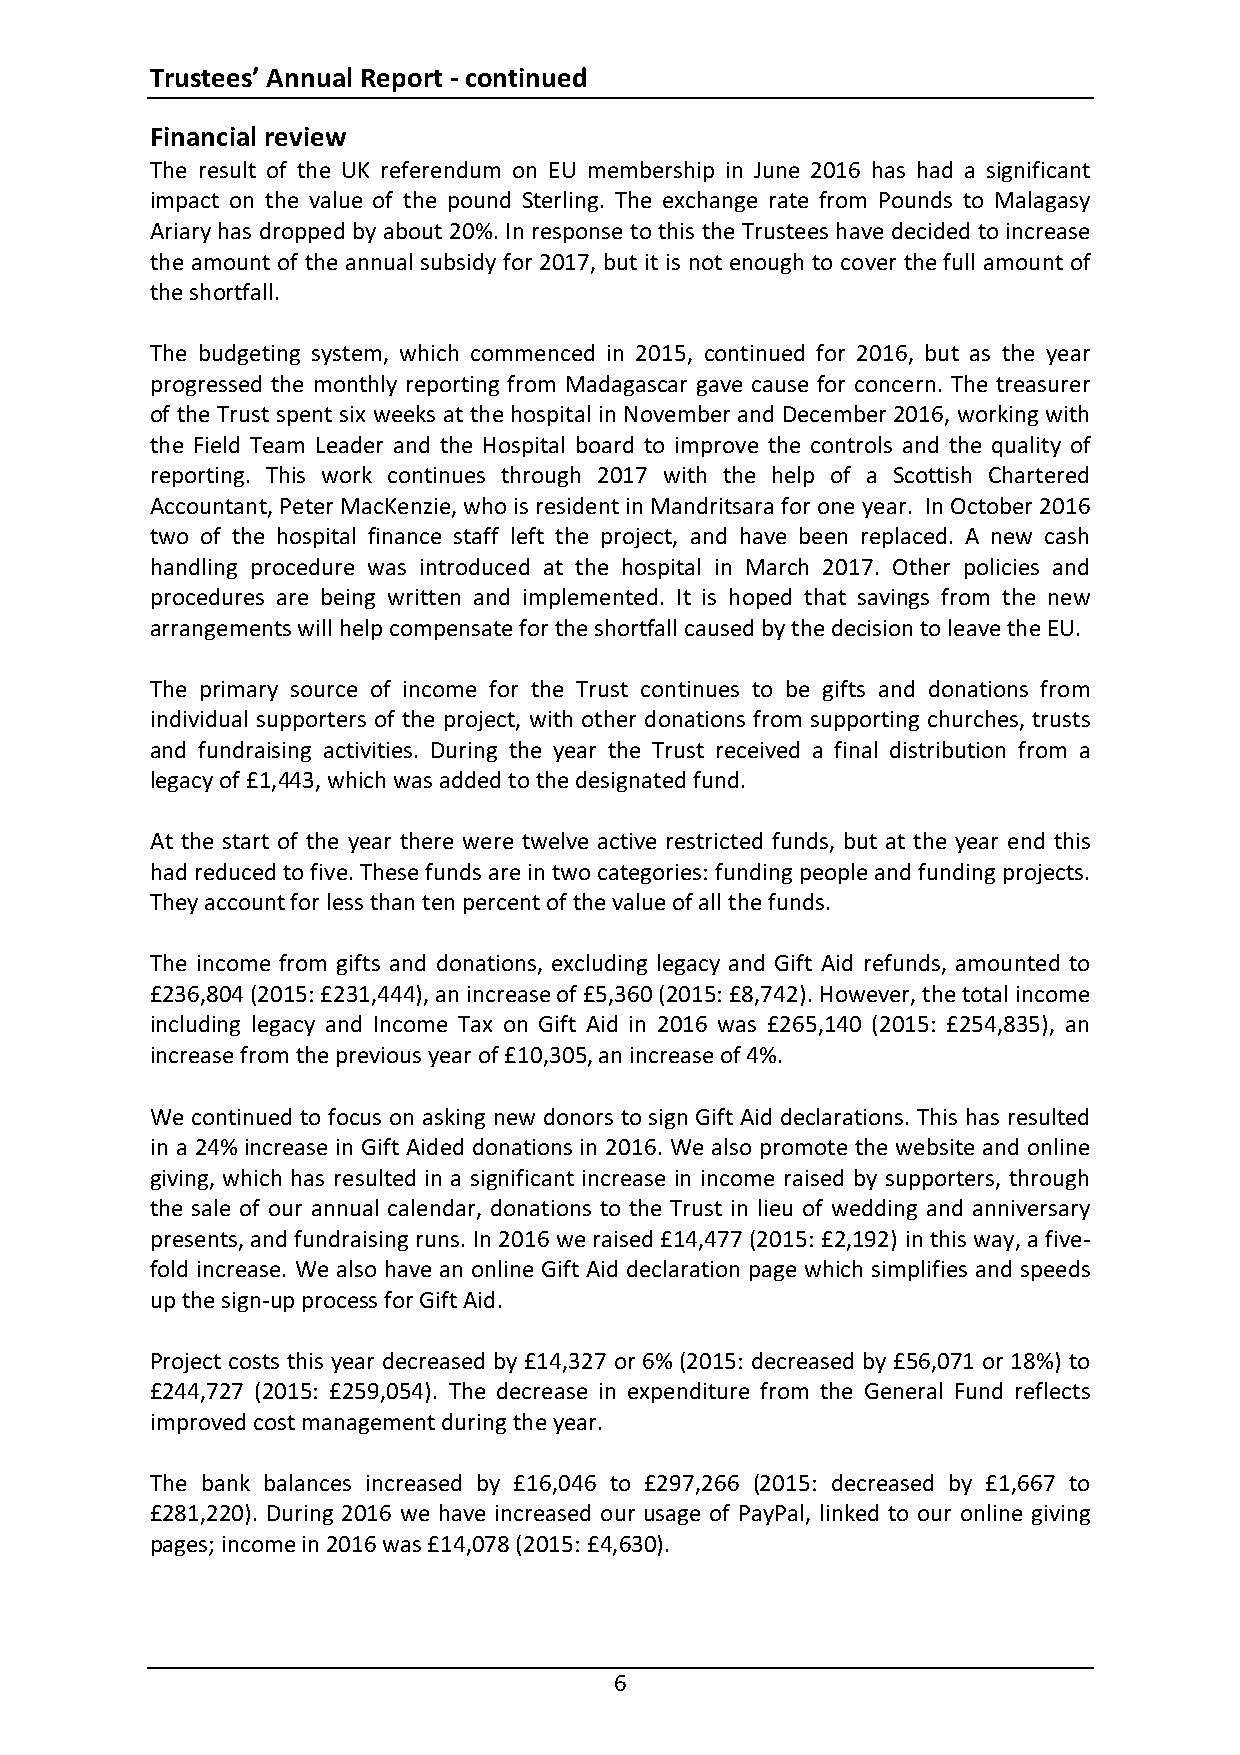
Trustees’ Annual Report - continued
 Financial review
 The result of the UK referendum on EU membership in June 2016 has had a significant
 impact on the value of the pound Sterling. The exchange rate from Pounds to Malagasy
 Ariary has dropped by about 20%. In response to this the Trustees have decided to increase
 the amount of the annual subsidy for 2017, but it is not enough to cover the full amount of
 the shortfall.
 The budgeting system, which commenced in 2015, continued for 2016, but as the year
 progressed the monthly reporting from Madagascar gave cause for concern. The treasurer
 of the Trust spent six weeks at the hospital in November and December 2016, working with
 the Field Team Leader and the Hospital board to improve the controls and the quality of
 reporting. This work continues through 2017 with the help of a Scottish Chartered
 Accountant, Peter MacKenzie, who is resident in Mandritsara for one year. In October 2016
 two of the hospital finance staff left the project, and have been replaced. A new cash
 handling procedure was introduced at the hospital in March 2017. Other policies and
 procedures are being written and implemented. It is hoped that savings from the new
 arrangements will help compensate for the shortfall caused by the decision to leave the EU.
 The primary source of income for the Trust continues to be gifts and donations from
 individual supporters of the project, with other donations from supporting churches, trusts
 and fundraising activities. During the year the Trust received a final distribution from a
 legacy of £1,443, which was added to the designated fund.
 At the start of the year there were twelve active restricted funds, but at the year end this
 had reduced to five. These funds are in two categories: funding people and funding projects.
 They account for less than ten percent of the value of all the funds.
 The income from gifts and donations, excluding legacy and Gift Aid refunds, amounted to
 £236,804 (2015: £231,444), an increase of £5,360 (2015: £8,742). However, the total income
 including legacy and Income Tax on Gift Aid in 2016 was £265,140 (2015: £254,835), an
 increase from the previous year of £10,305, an increase of 4%.
 We continued to focus on asking new donors to sign Gift Aid declarations. This has resulted
 in a 24% increase in Gift Aided donations in 2016. We also promote the website and online
 giving, which has resulted in a significant increase in income raised by supporters, through
 the sale of our annual calendar, donations to the Trust in lieu of wedding and anniversary
 presents, and fundraising runs. In 2016 we raised £14,477 (2015: £2,192) in this way, a five-
 fold increase. We also have an online Gift Aid declaration page which simplifies and speeds
 up the sign-up process for Gift Aid.
 Project costs this year decreased by £14,327 or 6% (2015: decreased by £56,071 or 18%) to
 £244,727 (2015: £259,054). The decrease in expenditure from the General Fund reflects
 improved cost management during the year.
 The bank balances increased by £16,046 to £297,266 (2015: decreased by £1,667 to
 £281,220). During 2016 we have increased our usage of PayPal, linked to our online giving
 pages; income in 2016 was £14,078 (2015: £4,630).
 6